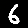
Digit: 6